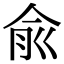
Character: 兪